Lunatic asylums in Bengal annual reports 1899-1911 - 1899-1911
Year: 1899
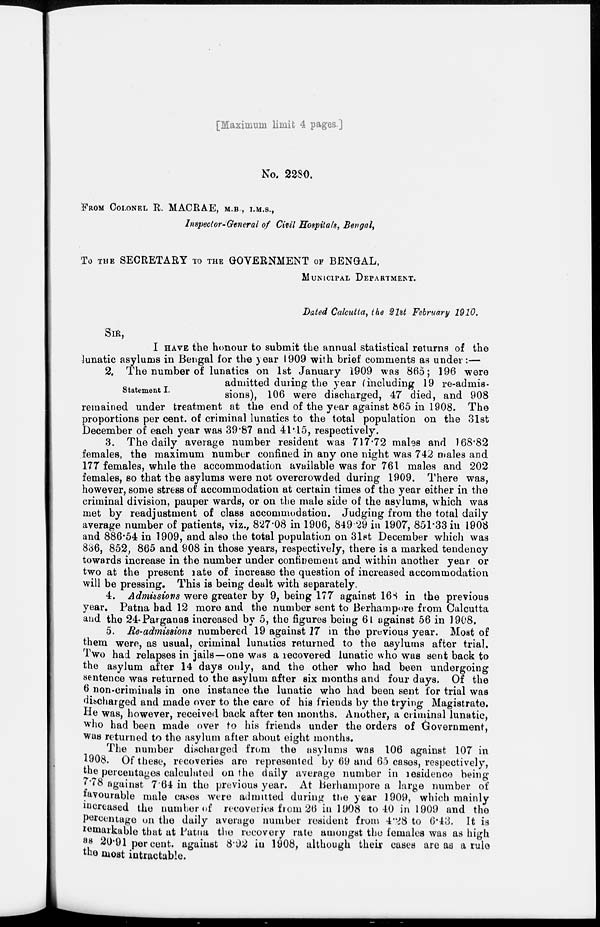
[Maximum limit 4 pages ]
No. 2280.
FROM COLONEL R. MACRAE, M.B., I.M.S.,
Inspector-General of Civil Hospitals, Bengal,
TO THE SECRETARY TO THE GOVERNMENT OF BENGAL,
MUNICIPAL DEPARTMENT.
Dated Calcutta, the 21st February 1910.
SIR,
I HAVE the honour to submit the annual statistical returns of the
lunatic asylums in Bengal for the year 1909 with brief comments as under:—
Statement I.
2. The number of lunatics on 1st January 1909 was 865; 196 were
admitted during the year (including 19 re-ad mis-
sions), 106 were discharged, 47 died, and 908
remained under treatment at the end of the year against 865 in 1908. The
proportions per cent. of criminal lunatics to the total population on the 31st
December of each year was 39.87 and 41.15, respectively.
3. The daily average number resident was 717.72 males and 168.82
females, the maximum number confined in any one night was 742 males and
177 females, while the accommodation available was for 761 males and 202
females, so that the asylums were not overcrowded during 1909. There was,
however, some stress of accommodation at certain times of the year either in the
criminal division, pauper wards, or on the male side of the asylums, which was
met by readjustment of class accommodation. Judging from the total daily
average number of patients, viz., 827.08 in 1906, 849.29 in 1907, 851.33 in 1908
and 886.54 in 1909, and also the total population on 31st December which was
836, 852, 865 and 908 in those years, respectively, there is a marked tendency
towards increase in the number under confinement and within another year or
two at the present rate of increase the question of increased accommodation
will be pressing. This is being dealt with separately.
4. Admissions were greater by 9, being 177 against 168 in the previous
year. Patna bad 12 more and the number sent to Berhampore from Calcutta
and the 24.Parganas increased by 5, the figures being 61 against 56 in 1908.
5. Re-admissions numbered 19 against 17 in the previous year. Most of
them were, as usual, criminal lunatics returned to the asylums after trial.
Two had relapses in jails—one was a recovered lunatic who was sent back to
the asylum after 14 days only, and the other who had been undergoing
sentence was returned to the asylum after six months and four days. Of the
6 non-criminals in one instance the lunatic who had been sent for trial was
discharged and made over to the care of his friends by the trying Magistrate.
He was, however, received back after ten months. Another, a criminal lunatic,
who had been made over to his friends under the orders of Government,
was returned to the asylum after about eight months.
The number discharged from the asylums was 106 against 107 in
1908. Of these, recoveries are represented by 69 and 65 cases, respectively,
the percentages calculated on the daily average number in residence being
7.78 against 7.64 in the previous year. At Berhampore a large number of
favourable male cases were admitted during the year 1909, which mainly
increased the number of recoveries from 26 in 1908 to 40 in 1909 and the
percentage on the daily average number resident from 4.28 to 6.43. It is
remarkable that at Patna the recovery rate amongst the females was as high
as 20.91 per cent. against 8.92 in 1908, although their cases are as a rule
the most intractable.
Statement I.
2. The number of lunatics on 1st January 1909 was 865; 196 were
admitted during the year (including 19 re-admis-
sions), 106 were discharged, 47 died, and 908
remained under treatment at the end of the year against 865 in 1908. The
proportions per cent. of criminal lunatics to the total population on the 31st
December of each year was 39.87 and 41.15, respectively.
3. The daily average number resident was 717.72 males and 168.82
females, the maximum number confined in any one night was 742 males and
177 females, while the accommodation available was for 761 males and 202
females, so that the asylums were not overcrowded during 1909. There was,
however, some stress of accommodation at certain times of the year either in the
criminal division, pauper wards, or on the male side of the asylums, which was
met by readjustment of class accommodation. Judging from the total daily
average number of patients, viz., 827.08 in 1906, 849.29 in 1907, 851.33 in 1908
and 886.54 in 1909, and also the total population on 31st December which was
836, 852, 865 and 908 in those years, respectively, there is a marked tendency
towards increase in the number under confinement and within another year or
two at the present rate of increase the question of increased accommodation
will be pressing. This is being dealt with separately.
4. Admissions were greater by 9, being 177 against 168 in the previous
year. Patna had 12 more and the number sent to Berhampore from Calcutta
and the 24.Parganas increased by 5, the figures being 61 against 56 in 1908.
5. Re-admissions numbered 19 against 17 in the previous year. Most of
them were, as usual, criminal lunatics returned to the asylums after trial.
Two had relapses in jails—one was a recovered lunatic who was sent back to
the asylum after 14 days only, and the other who had been undergoing
sentence was returned to the asylum after six months and four days. Of the
6 non-criminals in one instance the lunatic who had been sent for trial was
discharged and made over to the care of his friends by the trying Magistrate.
He was, however, received back after ten months. Another, a criminal lunatic,
who had been made over to his friends under the orders of Government,
was returned to the asylum after about eight months.
The number discharged from the asylums was 106 against 107 in
1908. Of these, recoveries are represented by 69 and 65 cases, respectively,
the percentages calculated on the daily average number in residence being
7.78 against 7.64 in the previous year. At Berhampore a large number of
favourable male cases were admitted during the year 1909, which mainly
inreased the number of recoveries from 26 in 1908 to 40 in 1909 and the
percentage on the daily average number resident from 4.28 to 6.43. It is
remarkable that at Patna the recovery rate amongst the females was as high
as 20.91 per cent. against 8.92 in 1908, although their cases are as a rule
the most intractable.